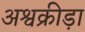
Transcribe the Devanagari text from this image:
अश्वक्रीड़ा